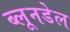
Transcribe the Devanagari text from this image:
ब्लूनडेल